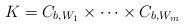
LaTeX: \begin{align*} K=C_{b,W_1}\times \cdots\times C_{b,W_m}\end{align*}